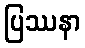
ပြဿနာ